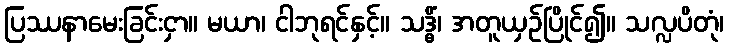
ပြဿနာမေးခြင်းငှာ။ မယာ၊ ငါဘုရင်နှင့်။ သဒ္ဓိံ၊ အတူယှဉ်ပြိုင်၍။ သလ္လပိတုံ၊